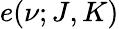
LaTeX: e(\nu;J,K)